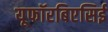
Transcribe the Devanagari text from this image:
यूफॉरबिएसिई